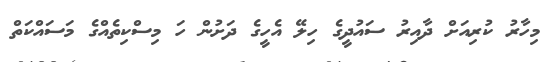
މިހާރު ކުރިއަށް ދާއިރު ސައުދީގެ ހިލޭ އެހީގެ ދަށުން ހަ މިސްކިތެއްގެ މަސައްކަތް